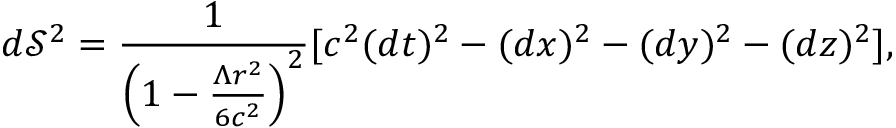
d \mathcal S ^ { 2 } = \frac { 1 } { \left( 1 - \frac { { \Lambda } r ^ { 2 } } { 6 c ^ { 2 } } \right) ^ { 2 } } [ c ^ { 2 } ( d t ) ^ { 2 } - ( d x ) ^ { 2 } - ( d y ) ^ { 2 } - ( d z ) ^ { 2 } ] ,